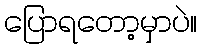
ပြောရတော့မှာပဲ။